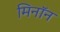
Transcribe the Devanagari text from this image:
मिनॉन